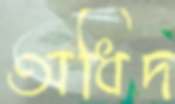
অধিদ